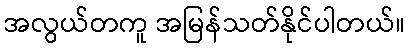
အလွယ်တကူ အမြန်သတ်နိုင်ပါတယ်။